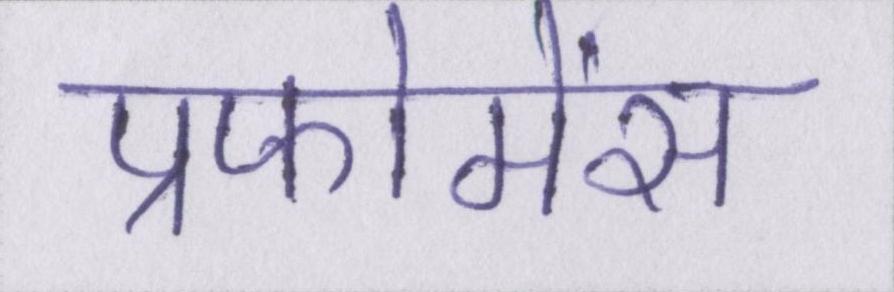
प्रफोमेंस